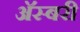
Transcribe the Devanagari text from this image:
अॅस्बरी